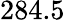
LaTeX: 284.5